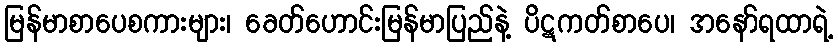
မြန်မာစာပေစကားများ၊ ခေတ်ဟောင်းမြန်မာပြည်နဲ့ ပိဋကတ်စာပေ၊ အနော်ရထာရဲ့